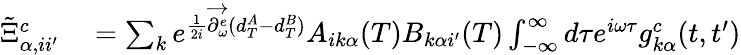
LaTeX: \begin{array}{rl}{\tilde{\Xi}_{\alpha,ii^{\prime}}^{c}}&{{}=\sum_{k}e^{\frac{1}{2i}\overrightarrow{\partial_{\omega}^{e}}(d_{T}^{A}-d_{T}^{B})}A_{ik\alpha}(T)B_{k\alpha i^{\prime}}(T)\int_{-\infty}^{\infty}d\tau e^{i\omega\tau}g_{k\alpha}^{c}(t,t^{\prime})}\end{array}